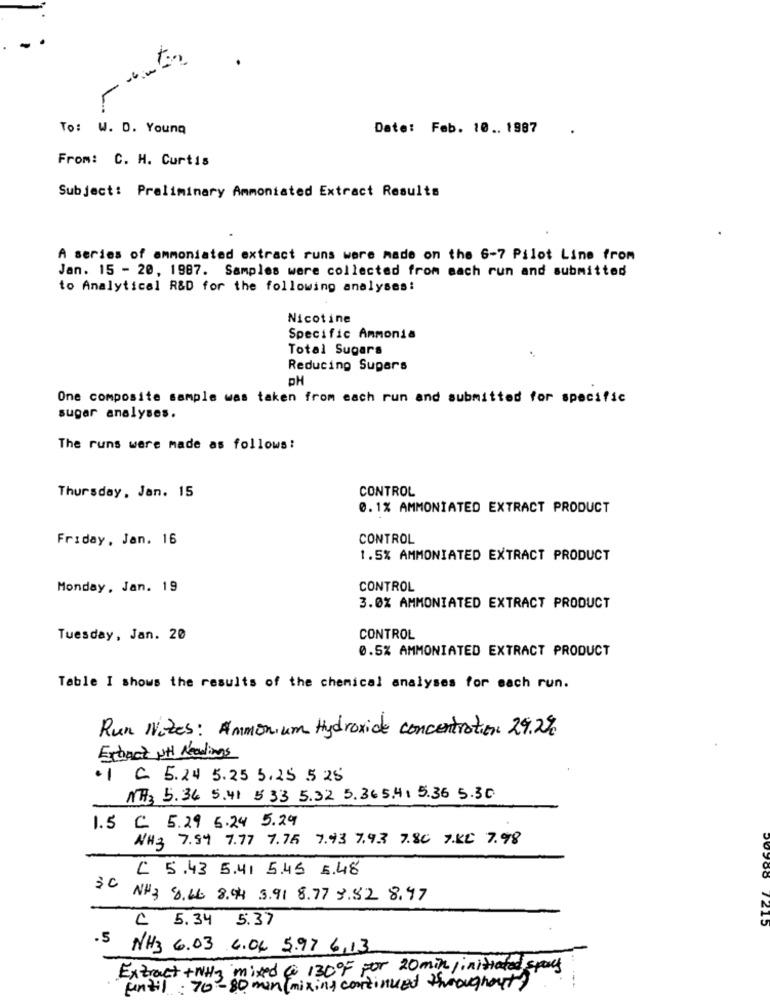
To: W. D. Young
Date: Feb. 10 .. 1987
From: C. H. Curtis
Subject: Preliminary Ammoniated Extract Results
A series of ammoniated extract runs were made on the 6-7 Pilot Line from
Jan. 15 - 20, 1987. Samples were collected from each run and submitted
to Analytical R&D for the following analyses:
Nicotine
Specific Ammonia
Total Sugars
Reducing Supers
PH
One composite sample was taken from each run and submitted for specific
sugar analyses.
The runs were made as follows:
CONTROL
Thursday, Jan. 15
0. 1% AMMONIATED EXTRACT PRODUCT
Friday, Jan. 16
CONTROL
1.5% AMMONIATED EXTRACT PRODUCT
Monday, Jan. 19
CONTROL
3.0% AMMONIATED EXTRACT PRODUCT
Tuesday, Jan. 20
CONTROL
0.5% AMMONIATED EXTRACT PRODUCT
Table I shows the results of the chemical analyses for each run.
Run Nites: Ammonium Hydroxide concentration 29.2%
Extract NH Readings
.1 C 5.24 5.25 5.25 5 25
NH3 5.34 5.41 5.33 5.32 5.365.4. 5.36 5.30
1.5 C 5.29 5.24 5.29
NH3 7.54 7.77 7.75 7.93 7.93 7.80 7.KC 7.98
C 5.43 5.41 5.45 5.48
NH3 8.66 8.94 3.91 8.77 3.82 8.97
₾ 5.34 5.37
7215
.5 NH3 6.03 6.04 5.97 6,13
Extract + NH3 mixed a 130OF por 20 min/ initiated spans
until: 70-80 min (mixing continued throughout)